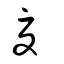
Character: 夏